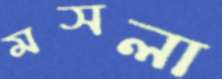
মসলা